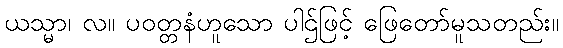
ယသ္မာ၊ လ။ ပဝတ္တနံဟူသော ပါဌ်ဖြင့် ဖြေတော်မူသတည်း။